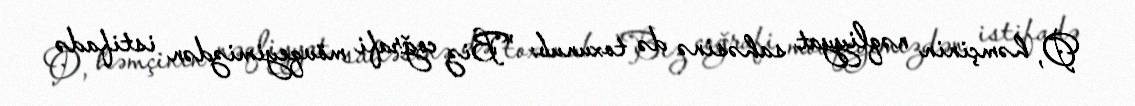
O, həmçinin nəqliyyat sahəsinə də toxunub: "Biz coğrafi mövqeyimizdən istifadə